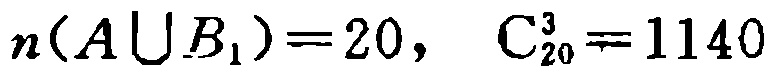
\(n(A\bigcup B_{1}) = 20,\ C_{20}^3=1140\)